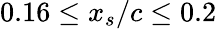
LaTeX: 0.16\leq x_{s}/c\leq 0.2